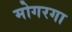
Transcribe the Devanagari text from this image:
मोगरगा